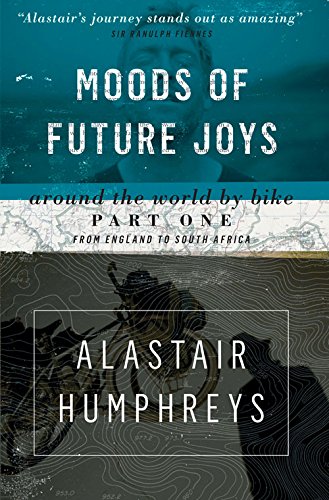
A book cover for Moods of Future Joys: Around the World by Bike Part One: From England to South Africa; Alastair Humphreys; Travel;